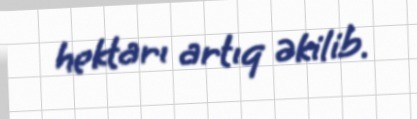
hektarı artıq əkilib.